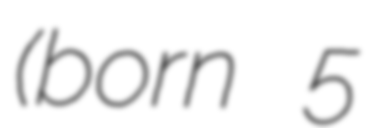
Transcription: (born 5